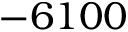
- 6 1 0 0